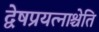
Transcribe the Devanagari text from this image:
द्वेषप्रयत्नाश्चेति